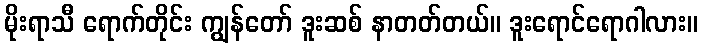
မိုးရာသီ ရောက်တိုင်း ကျွန်တော် ဒူးဆစ် နာတတ်တယ်။ ဒူးရောင်ရောဂါလား။